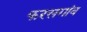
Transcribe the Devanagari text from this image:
फरसगांव